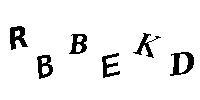
RBBEKD